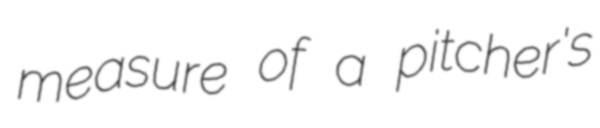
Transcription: measure of a pitcher's